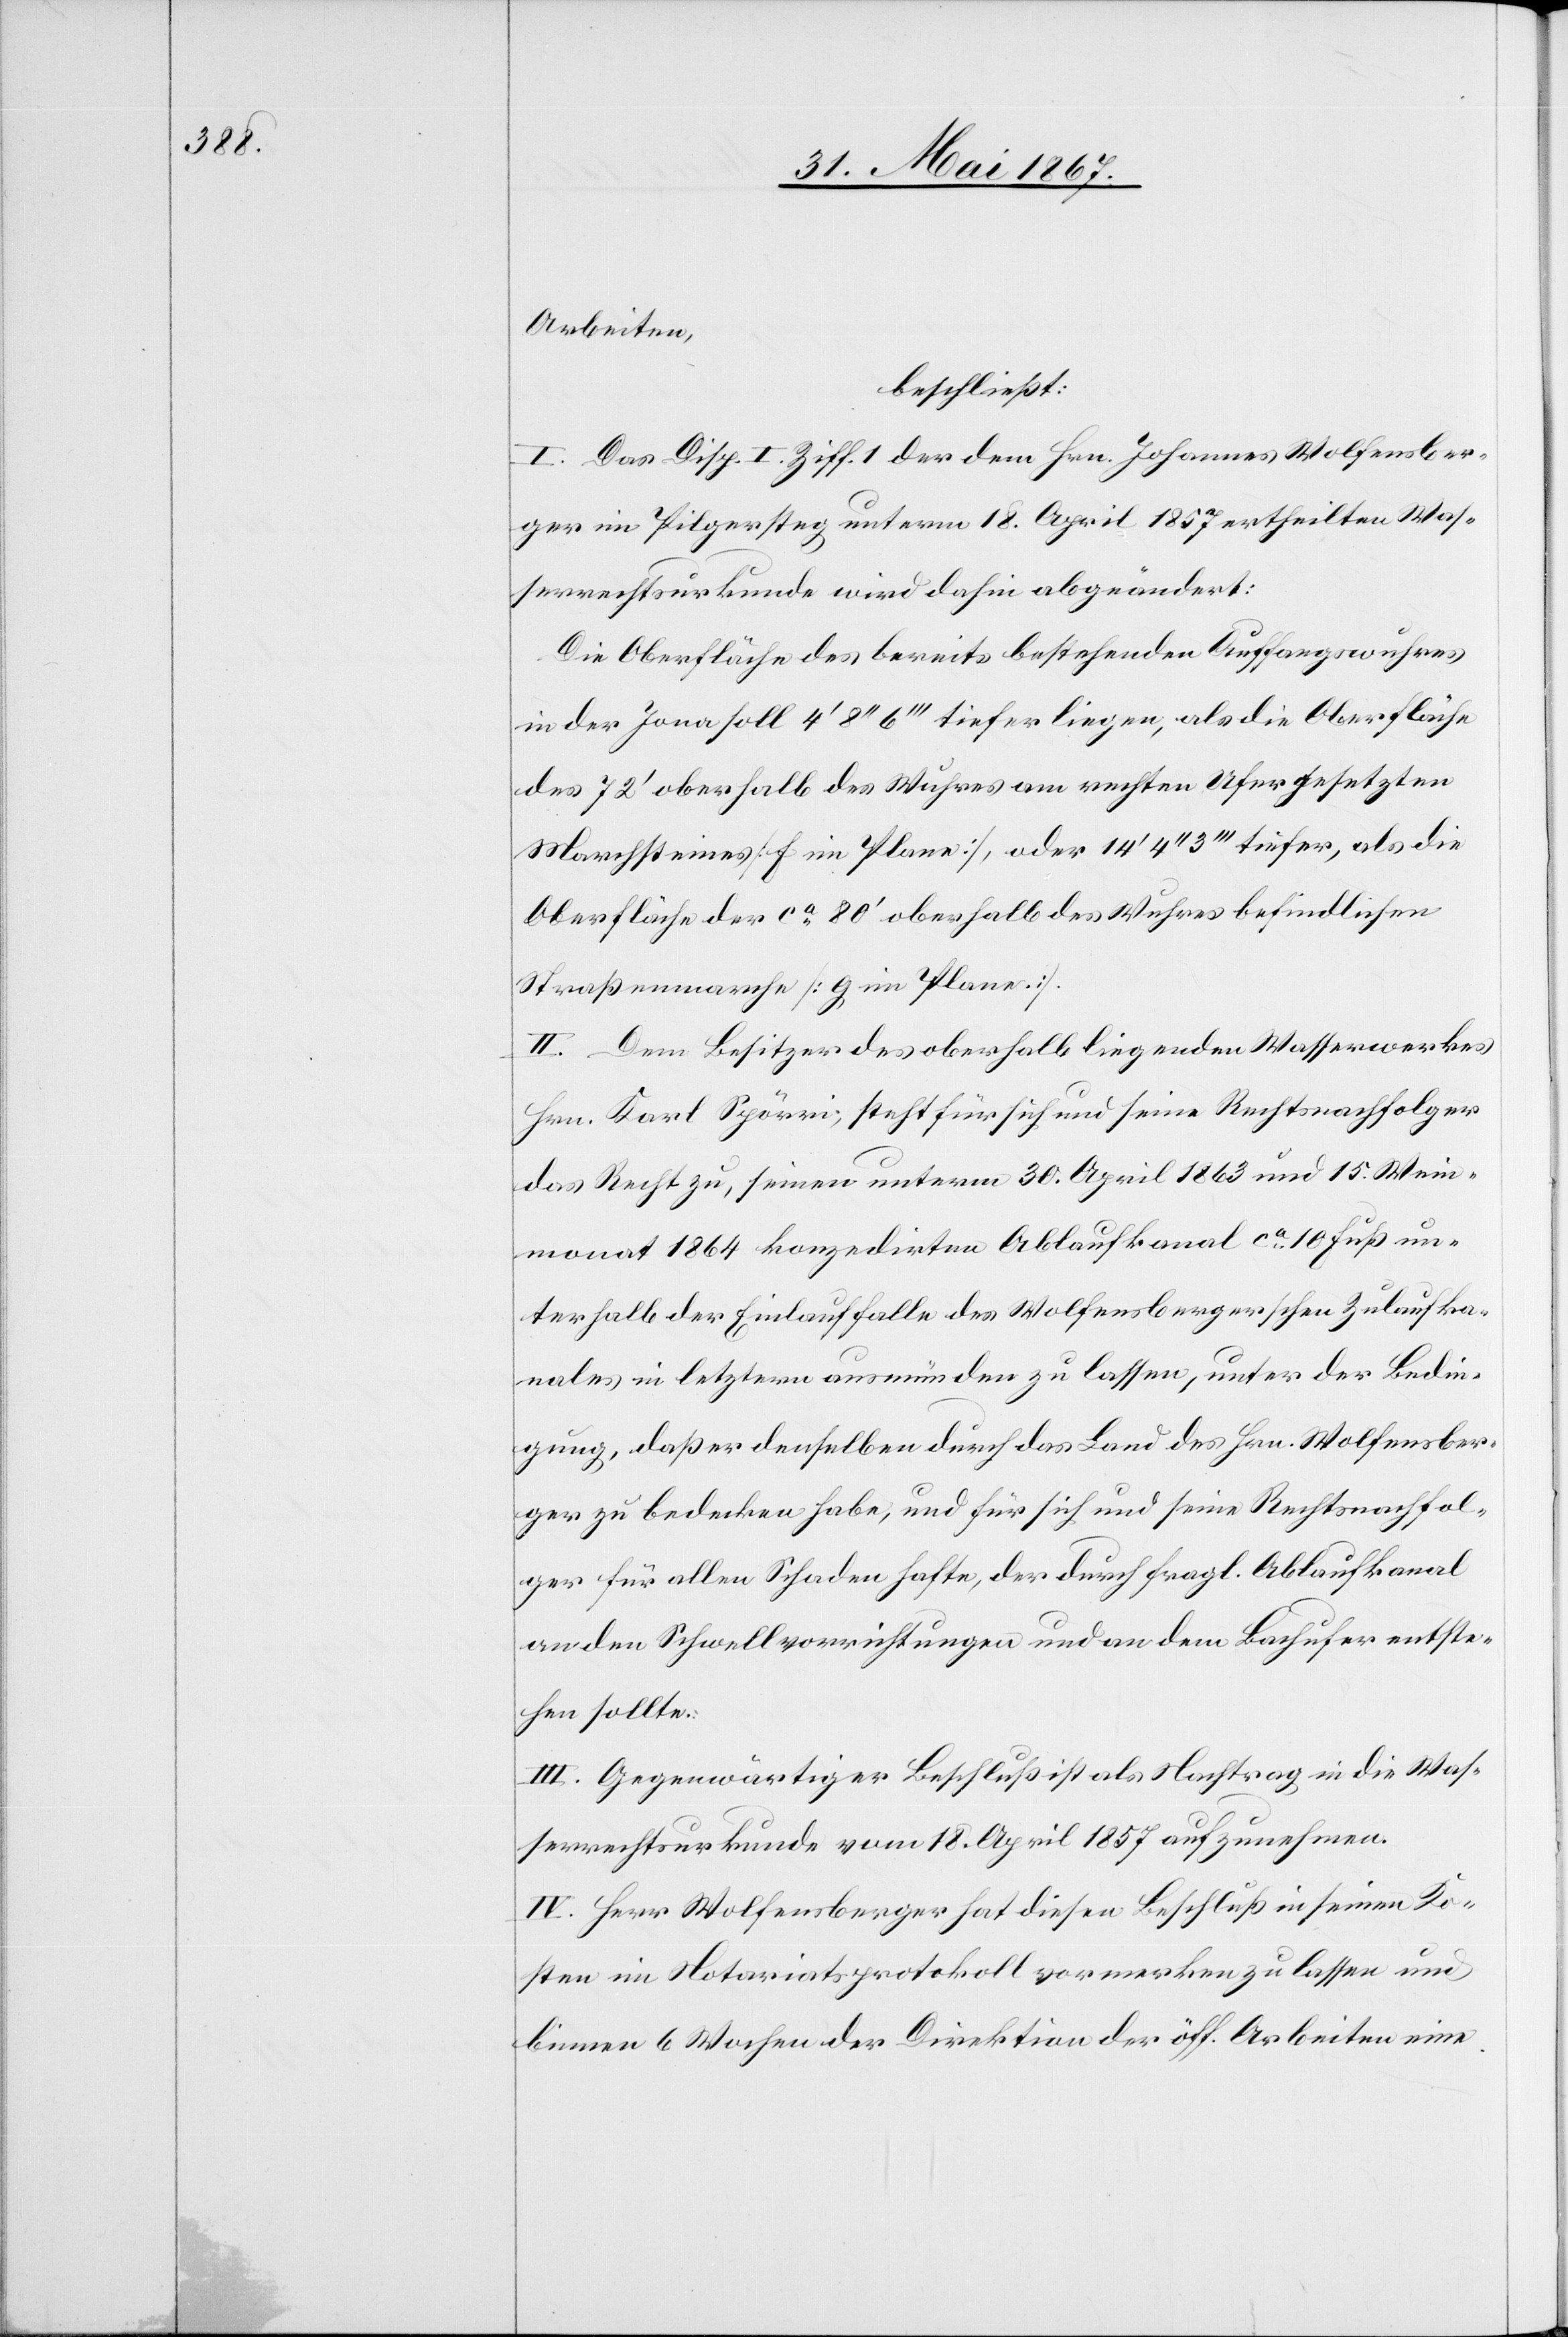
Arbeiten,
beschließt:
I. Das Disp. I. Ziff. 1 der dem Hrn. Johannes Wolfensber¬
ger im Pilgersteg unterm 18. April 1857 ertheilten Was¬
serrechtsurkunde wird dahin abgeändert:
Die Oberfläche des bereits bestehenden Auffangswuhres
in der Jona soll 4’ 8’’ 6’’’ tiefer liegen, als die Oberfläche
des 72’ oberhalb des Wuhres am rechten Ufer gesetzten
Marchsteines [f im Plane], oder 14’ 4’’ 3’’’ tiefer, als die
Oberfläche der ca. 80’ oberhalb des Wuhres befindlichen
Straßenmarche [g im Plane].
II. Dem Besitzer des oberhalb liegenden Wasserwerkes
Hrn. Karl Spörri; steht für sich und seine Rechtsnachfolger
das Recht zu, seinen unterm 30. April 1863 und 15. Wein¬
monat 1864 konzedirten Ablaufkanal ca. 10 Fuß un¬
terhalb der Einlauffalle des Wolfensbergerschen Zulaufka¬
nales in letztern ausmünden zu lassen, unter der Bedin¬
gung, daß er denselben durch das Land des Hrn. Wolfensber¬
ger zu bedecken habe, und für sich und seine Rechtsnachfol¬
ger für allen Schaden hafte, der durch fragl. Ablaufkanal
an den Schwellvorrichtungen und an dem Bachufer entste¬
hen sollte.
III. Gegenwärtiger Beschluß ist als Nachtrag in die Was¬
serrechtsurkunde vom 18. April 1857 aufzunehmen.
IV. Herr Wolfensberger hat diesen Beschluß in seinen Ko¬
sten im Notariatsprotokoll vormerken zu lassen und
binnen 6 Wochen der Direktion der öff. Arbeiten eine